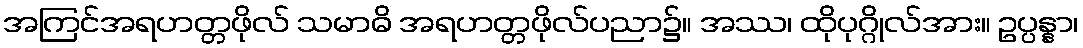
အကြင်အရဟတ္တဖိုလ် သမာဓိ အရဟတ္တဖိုလ်ပညာ၌။ အဿ၊ ထိုပုဂ္ဂိုလ်အား။ ဥပ္ပန္နာ၊